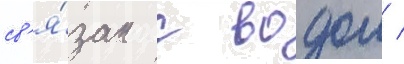
св'я́зан с водои /